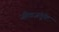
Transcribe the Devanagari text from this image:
जीवजंतूंक